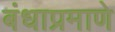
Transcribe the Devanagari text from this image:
बंधाप्रमाणे